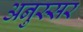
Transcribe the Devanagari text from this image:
अनुस्सर